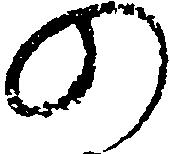
の